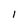
Character: I